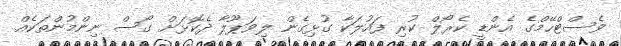
ވެސްޓްހޭމްގެ އެންޑީ ކެރޯލް ކުރި ފައުލަކާ ގުޅިގެން ލިވަޕޫލާ ދެކޮޅަށް ގޯސް ނިންމުންތަކެއް